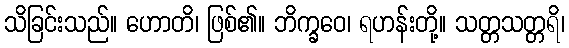
သိခြင်းသည်။ ဟောတိ၊ ဖြစ်၏။ ဘိက္ခဝေ၊ ရဟန်းတို့။ သတ္တသတ္တရိ၊